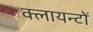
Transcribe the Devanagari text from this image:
क्लायन्टों